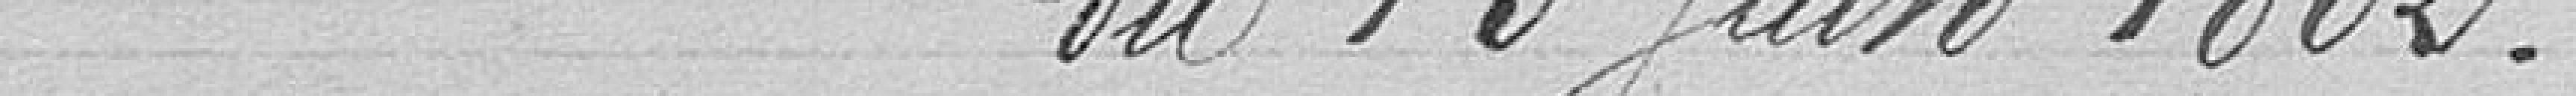
du 13 Juin 1882.